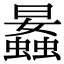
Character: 𧒛